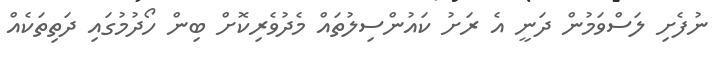
ނުފެށި ލަސްވަމުން ދަނީ އެ ރަށު ކައުންސިލުތައް މެދުވެރިކޮށް ބިން ހޯދުމުގައި ދަތިތަކެއް